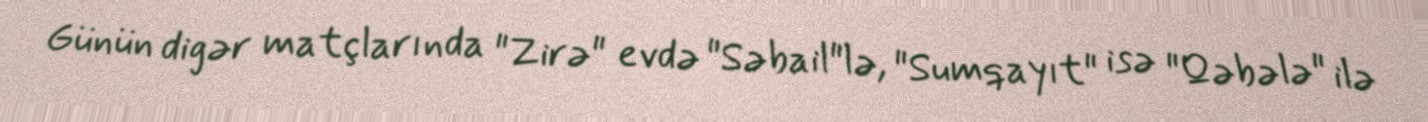
Günün digər matçlarında "Zirə" evdə "Səbail"lə, "Sumqayıt" isə "Qəbələ" ilə